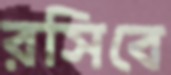
রসিবে